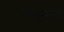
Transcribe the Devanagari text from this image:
रंगभूमींना